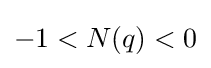
-1<N(q)<0